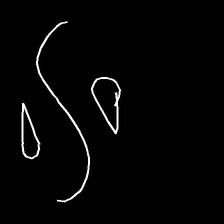
Glyph: water